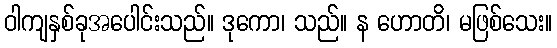
ဝါကျနှစ်ခုအပေါင်းသည်။ ဒုကော၊ သည်။ န ဟောတိ၊ မဖြစ်သေး။